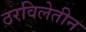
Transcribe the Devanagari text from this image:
ठरविलेतीन